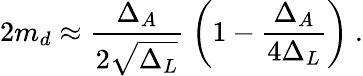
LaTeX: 2m_{d}\approx{\frac{\Delta_{A}}{2\sqrt{\Delta_{L}}}}~{\left({1-{\frac{\Delta_{A}}{4\Delta_{L}}}}\right)}~.